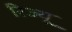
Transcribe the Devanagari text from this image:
रिज्यू